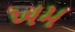
ખમ